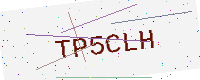
Text: TP5CLH